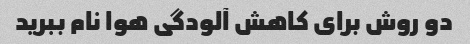
دو روش برای کاهش آلودگی هوا نام ببرید